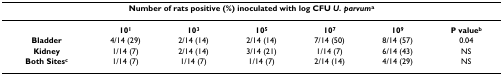
| <COLSPAN=7> Number of rats positive (%) inoculated with log CFU U. parvuma |
 | --- | --- | --- | --- | --- | --- | --- |
 |  | 101 | 103 | 105 | 107 | 109 | P valueb |
 | Bladder | 4/14 (29) | 2/14 (14) | 2/14 (14) | 7/14 (50) | 8/14 (57) | 0.04 |
 | Kidney | 1/14 (7) | 2/14 (14) | 3/14 (21) | 1/14 (7) | 6/14 (43) | NS |
 | Both Sitesc | 1/14 (7) | 1/14 (7) | 1/14 (7) | 2/14 (14) | 4/14 (29) | NS |